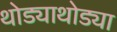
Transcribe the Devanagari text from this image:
थोड्याथोड्या